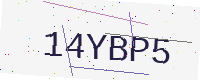
Text: 14YBP5